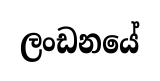
ලංඩනයේ